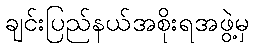
ချင်းပြည်နယ်အစိုးရအဖွဲ့မှ